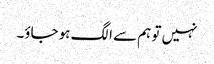
نہیں تو ہم سے الگ ہو جاؤ۔